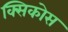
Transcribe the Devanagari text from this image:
क्सिकोस